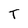
Character: T